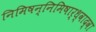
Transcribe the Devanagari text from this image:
निमिषन्निमिषार्ध्वाद्वा